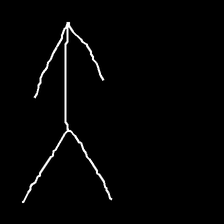
Glyph: gather